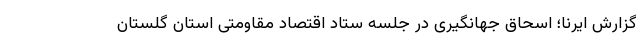
گزارش ایرنا؛ اسحاق جهانگیری در جلسه ستاد اقتصاد مقاومتی استان گلستان